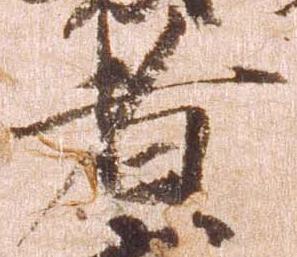
者